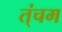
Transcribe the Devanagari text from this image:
त्ंचम